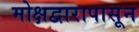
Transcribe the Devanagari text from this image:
मोक्षद्वारापासून